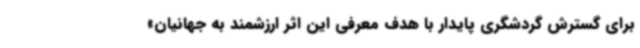
برای گسترش گردشگری پایدار با هدف معرفی این اثر ارزشمند به جهانیان»